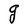
Character: g